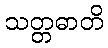
သတ္တဓာတိ